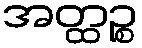
အတ္ထဉ္စ